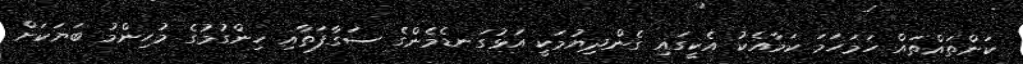
ކަންތައްތައް ހަމަހަމަ ކަމާއެކު އެކީގައި ގެންދިޔުމަކީ އަޅުގަނޑެމެންގެ ސަގާފަތާއި ހިންގުމުގެ މުހިންމު ބަޔަކަށް